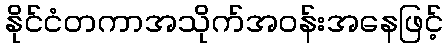
နိုင်ငံတကာအသိုက်အဝန်းအနေဖြင့်